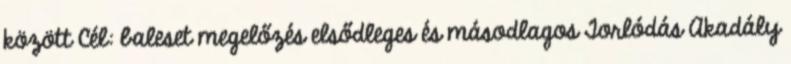
között Cél: baleset megelőzés elsődleges és másodlagos Torlódás Akadály